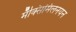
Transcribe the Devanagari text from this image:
मॅक्सिमिलनयन